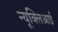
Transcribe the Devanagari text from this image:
न्यूक्लिआई